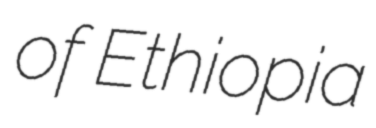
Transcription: of Ethiopia